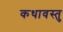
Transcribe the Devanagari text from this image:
कथावस्‍तु